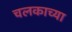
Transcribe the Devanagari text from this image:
चलकाच्या